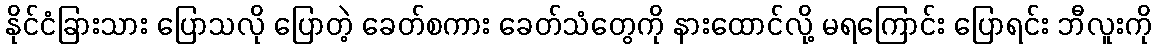
နိုင်ငံခြားသား ပြောသလို ပြောတဲ့ ခေတ်စကား ခေတ်သံတွေကို နားထောင်လို့ မရကြောင်း ပြောရင်း ဘီလူးကို